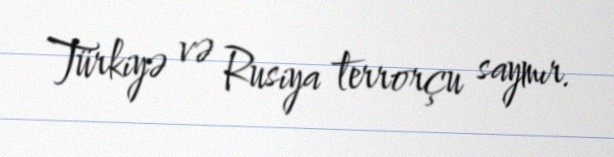
Türkiyə və Rusiya terrorçu saymır.